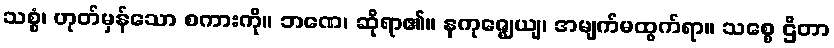
သစ္စံ၊ ဟုတ်မှန်သော စကားကို။ ဘဏေ၊ ဆိုရာ၏။ နကုဇ္ဈေယျ၊ အမျက်မထွက်ရာ။ သစ္စေ ဌိတာ